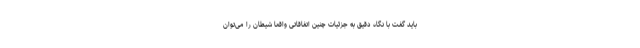
باید گفت با نگاه دقیق به جزئیات چنین اتفاقاتی واقعا شیطان را می‌توان